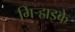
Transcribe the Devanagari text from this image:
गिर्‍हाइके